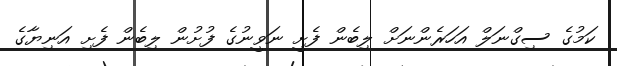
ކަމުގެ ސިގްނަލް އަހަރެންނަށް ލިބެން ފެށީ ނަވީނުގެ ފުށުން ލިބެން ފެށި އަނިޔާގެ